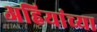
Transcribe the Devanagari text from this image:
अहियांच्या